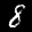
Label: 8